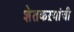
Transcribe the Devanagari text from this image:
शेतकऱयांची